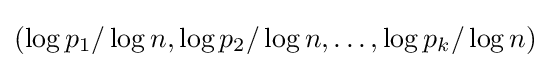
(\log p_{1}/\log n,\log p_{2}/\log n,\dots ,\log p_{k}/\log n)